Lihula_vallavalitsus, lk 2
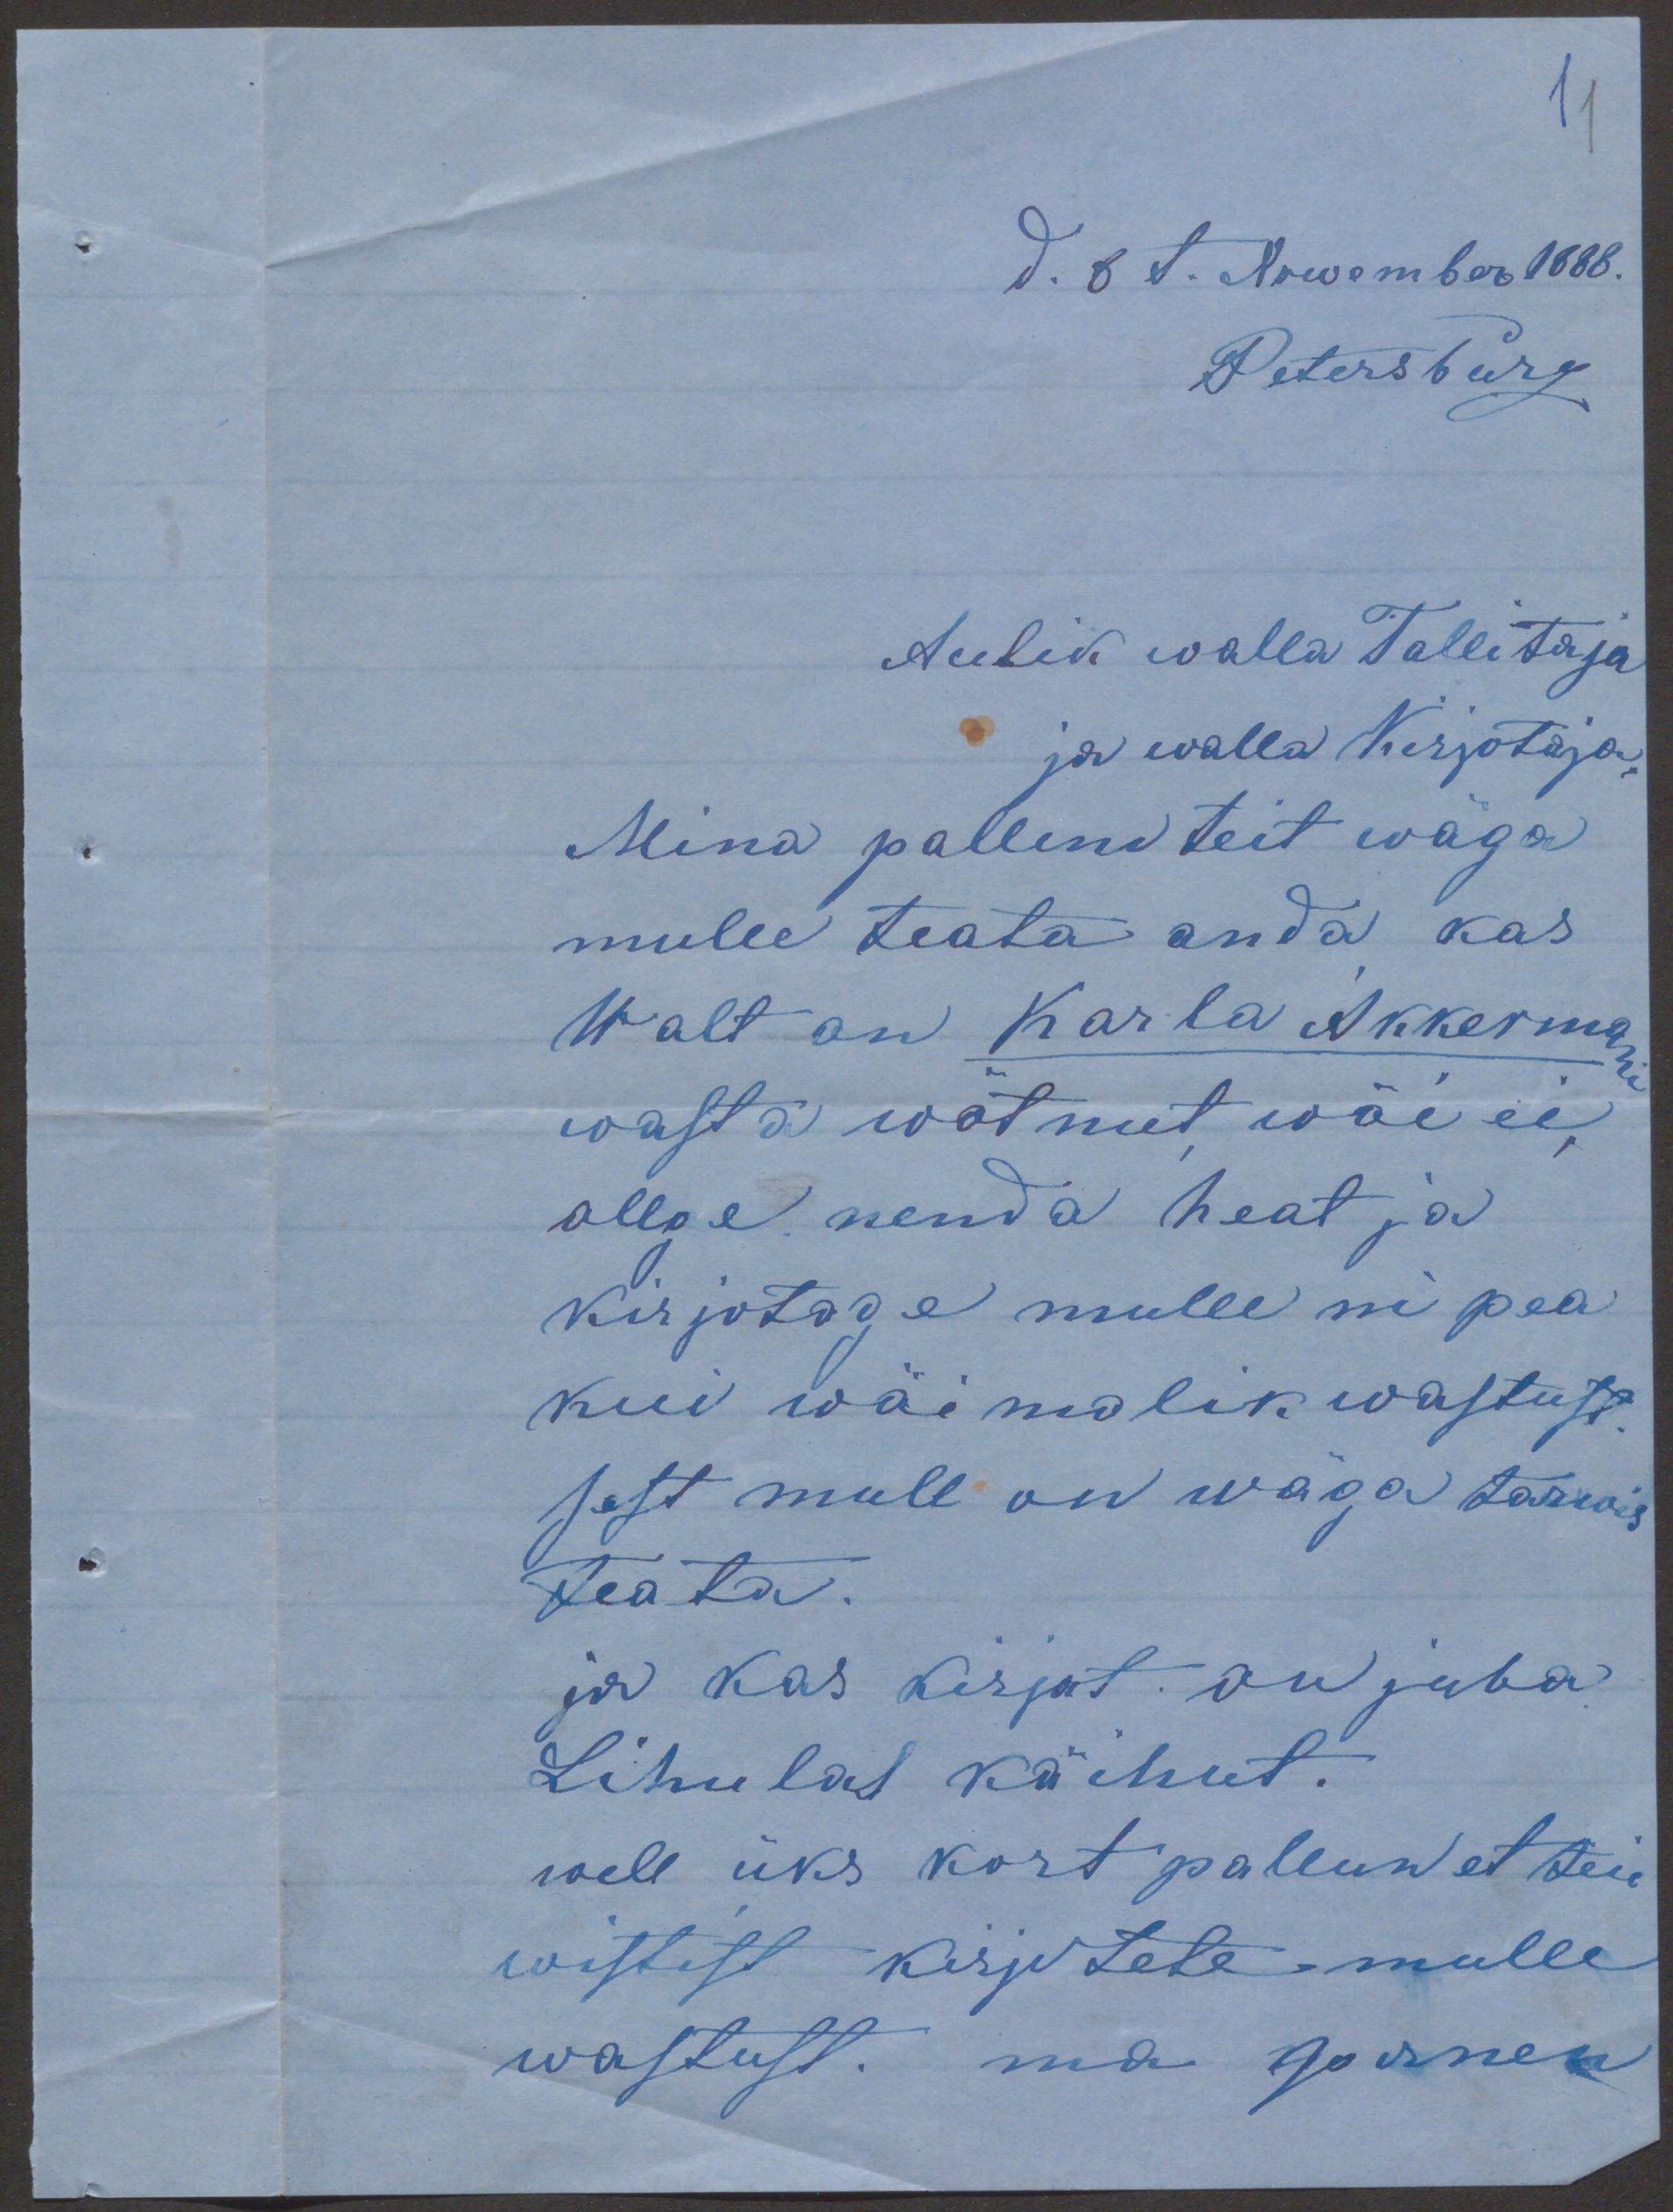
11

d. 8 t. Nowember 1888.
Petersburg
Aulik walla Tallitaja
ja walla Kirjotaja
Mina pallun teit wäga
mulle teata anda kas
Walt on Karla Akkermani
wasta wötnut, wöi ei,
ollge nenda heat ja
kirjotage mulle ni pea
kui wõimalik wastust
sest mull on wäga tarwis
teata.
ja kas kirjut on juba
Lihulas käinut.
well üks kort pallun et teie
wistist kirjutete mulle
wastust. ma Gornen